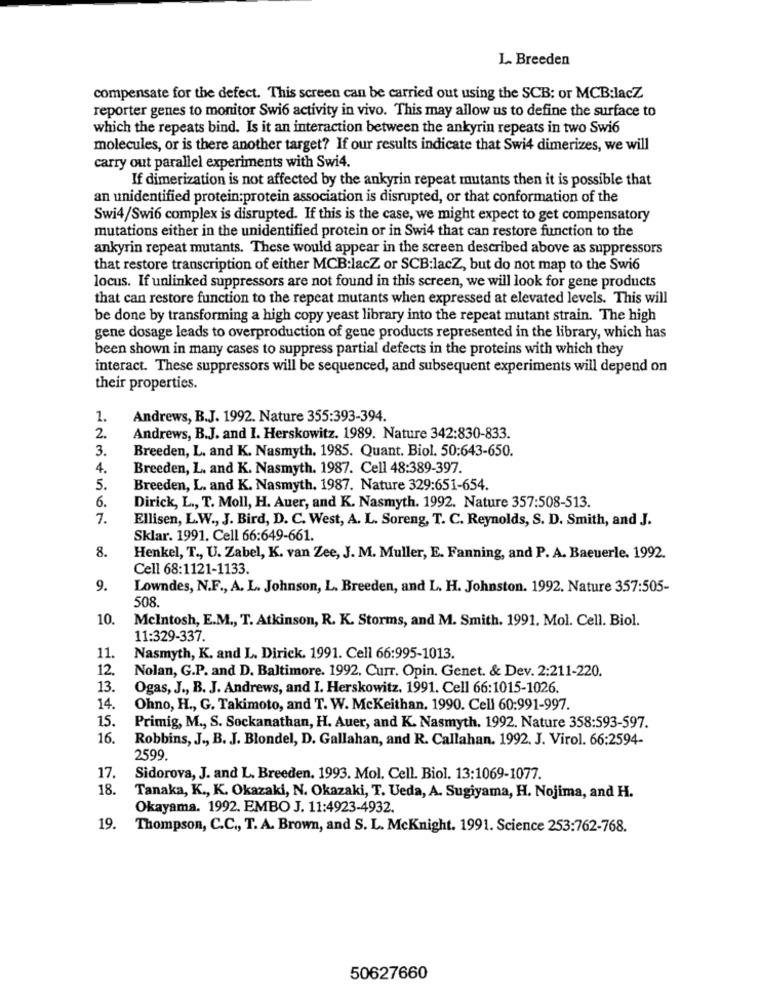
L. Breeden
compensate for the defect. This screen can be carried out using the SCB: or MCB:lacZ
reporter genes to monitor Swi6 activity in vivo. This may allow us to define the surface to
which the repeats bind. Is it an interaction between the ankyrin repeats in two Swi6
molecules, or is there another target? If our results indicate that Swi4 dimerizes, we will
carry out parallel experiments with Swi4.
If dimerization is not affected by the ankyrin repeat mutants then it is possible that
an unidentified protein:protein association is disrupted, or that conformation of the
Swi4/Swi6 complex is disrupted. If this is the case, we might expect to get compensatory
mutations either in the unidentified protein or in Swi4 that can restore function to the
ankyrin repeat mutants. These would appear in the screen described above as suppressors
that restore transcription of either MCB:lacZ or SCB:lacZ, but do not map to the Swi6
locus. If unlinked suppressors are not found in this screen, we will look for gene products
that can restore function to the repeat mutants when expressed at elevated levels. This will
be done by transforming a high copy yeast library into the repeat mutant strain. The high
gene dosage leads to overproduction of gene products represented in the library, which has
been shown in many cases to suppress partial defects in the proteins with which they
interact. These suppressors will be sequenced, and subsequent experiments will depend on
their properties.
1.
Andrews, B.J. 1992. Nature 355:393-394.
2.
Andrews, B.J. and I. Herskowitz. 1989. Nature 342:830-833.
3.
Breeden, L. and K. Nasmyth, 1985. Quant. Biol. 50:643-650.
4.
Breeden, L. and K. Nasmyth. 1987. Cell 48:389-397.
5.
Breeden, L. and K. Nasmyth. 1987. Nature 329:651-654.
6.
Dirick, L ., T. Moll, H. Auer, and K. Nasmyth. 1992. Nature 357:508-513.
7.
Ellisen, L.W ., J. Bird, D. C. West, A. L. Soreng, T. C. Reynolds, S. D. Smith, and J.
Sklar. 1991. Cell 66:649-661.
8.
Henkel, T ., U. Zabel, K. van Zee, J. M. Muller, E. Fanning, and P. A. Baeuerle. 1992.
Cell 68:1121-1133.
9.
Lowndes, N.F ., A. L. Johnson, L. Breeden, and L. H. Johnston. 1992. Nature 357:505-
508.
10.
McIntosh, E.M ., T. Atkinson, R. K. Storms, and M. Smith. 1991. Mol. Cell. Biol.
11:329-337.
11.
Nasmyth, K. and L. Dirick. 1991. Cell 66:995-1013.
12.
Nolan, G.P. and D. Baltimore. 1992, Curr. Opin. Genet. & Dev. 2:211-220.
13.
Ogas, J ., B. J. Andrews, and I. Herskowitz. 1991. Cell 66:1015-1026.
14.
Ohno, H ., G. Takimoto, and T. W. McKeithan, 1990. Cell 60:991-997.
15.
Primig, M ., S. Sockanathan, H. Auer, and K. Nasmyth, 1992. Nature 358:593-597.
16.
Robbins, J ., B. J. Blondel, D. Gallahan, and R. Callahan. 1992. J. Virol. 66:2594-
2599
17.
Sidorova, J. and L. Breeden, 1993. Mol. Cell. Biol. 13:1069-1077.
18.
Tanaka, K ., K. Okazaki, N. Okazaki, T. Ueda, A. Sugiyama, H. Nojima, and H.
Okayama. 1992. EMBO J. 11:4923-4932.
19.
Thompson, C.C ., T. A. Brown, and S. L. McKnight. 1991. Science 253:762-768.
50627660